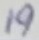
Text: 19